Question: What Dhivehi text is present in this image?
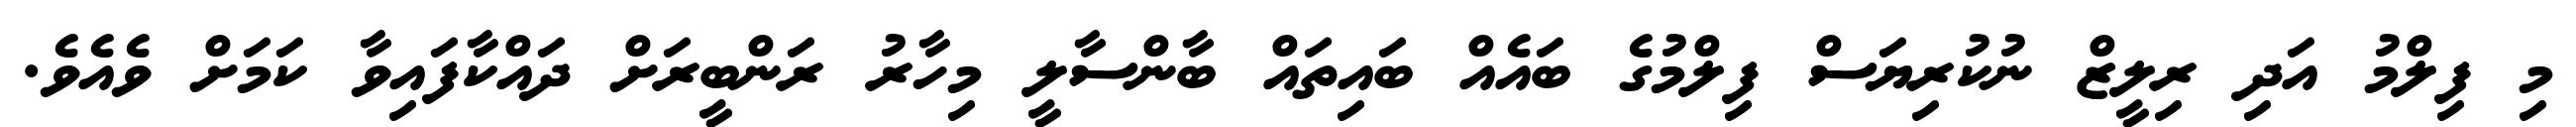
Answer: މި ފިލްމު އަދި ރިލީޒް ނުކުރިޔަސް ފިލްމުގެ ބައެއް ބައިތައް ބާންސާލީ މިހާރު ރަންބީރަށް ދައްކާފައިވާ ކަމަށް ވެއެވެ.